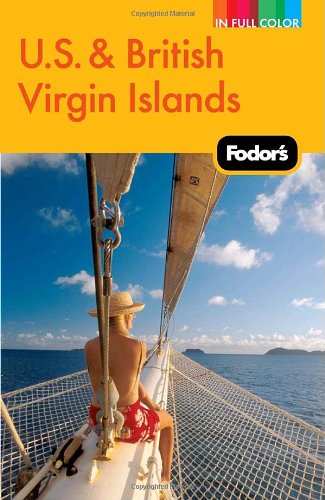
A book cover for Fodor's U.S. & British Virgin Islands, 22nd Edition (Full-color Travel Guide); Fodor's; Travel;